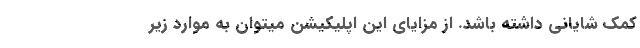
کمک شایانی داشته باشد. از مزایای این اپلیکیشن میتوان به موارد زیر